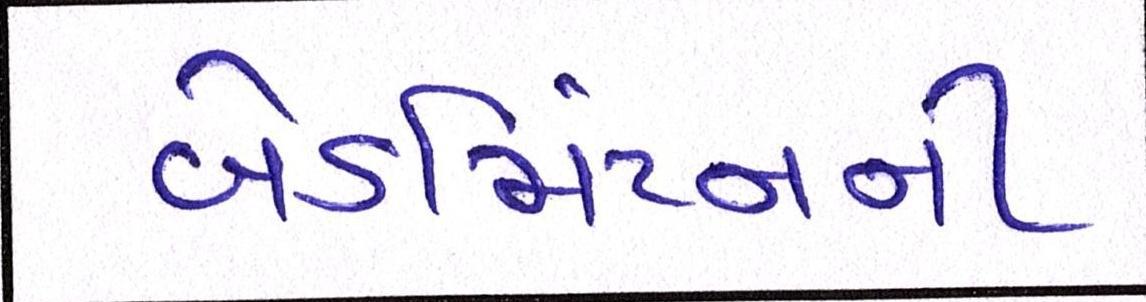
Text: બેડમિંટનની